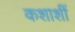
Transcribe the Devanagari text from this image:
कशाशीं